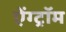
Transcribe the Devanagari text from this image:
ऐंग्ट्रॉम